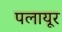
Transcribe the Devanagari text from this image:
पलायूर